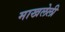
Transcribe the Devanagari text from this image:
माखलेली